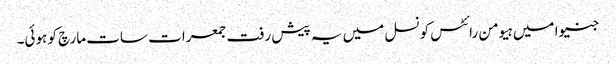
جنیوا میں ہیومن رائٹس کونسل میں یہ پیش رفت جمعرات سات مارچ کو ہوئی۔